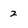
Character: 2